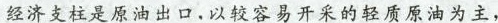
经济支柱是原油出口，以较容易开采的轻质原油为主，